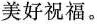
美好祝福。